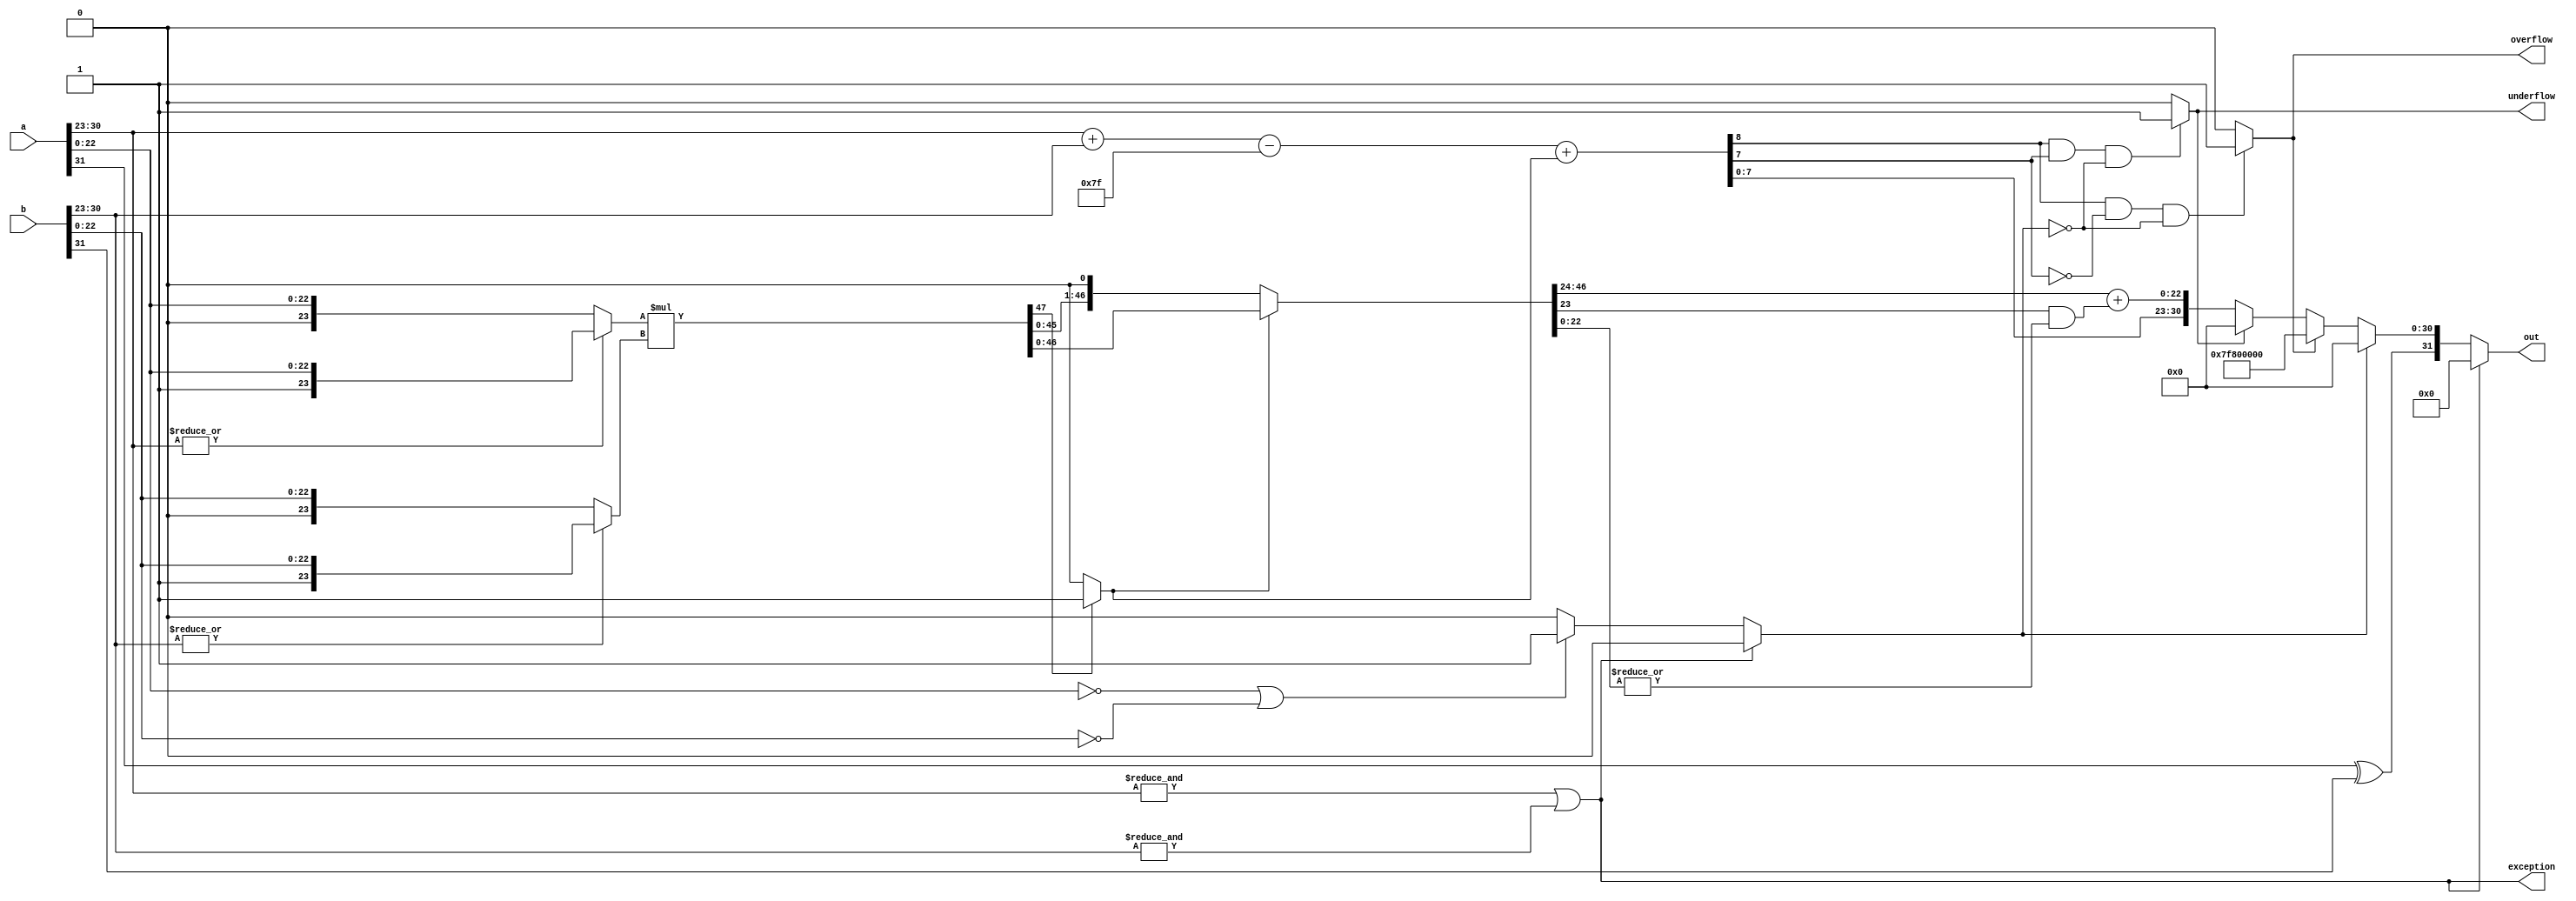
module FPUMultiplier(input [31:0] a, input [31:0] b, output exception, overflow, underflow, output [31:0] out);

wire sign, round, normalised, zero;
wire [8:0] exponent, sum_exponent;
wire [22:0] product_mantissa;
wire [23:0] op_a, op_b;
wire [47:0] product, product_normalised; 


assign sign = a[31] ^ b[31];   													// XOR of 32nd bit
assign exception = (&a[30:23]) | (&b[30:23]);											// Execption sets to 1 when exponent of any a or b is 255
																// If exponent is 0, hidden bit is 0
assign zero = exception ? 1'b0 : (a[22:0] == 23'd0 || b[22:0] == 23'd0) ? 1'b1 : 1'b0;

assign op_a = (|a[30:23]) ? {1'b1,a[22:0]} : {1'b0,a[22:0]};
assign op_b = (|b[30:23]) ? {1'b1,b[22:0]} : {1'b0,b[22:0]};

assign product = op_a * op_b;													// Product
assign round = |product_normalised[22:0];  											// Last 22 bits are ORed for rounding off purpose
assign normalised = product[47] ? 1'b1 : 1'b0;	
assign product_normalised = normalised ? product : product << 1;								// Normalized value based on 48th bit
assign product_mantissa = product_normalised[46:24] + (product_normalised[23] & round); 					// Mantissa
assign sum_exponent = a[30:23] + b[30:23];
assign exponent = sum_exponent - 8'd127 + normalised;
assign overflow = ((exponent[8] & !exponent[7]) & !zero) ? 1'b1: 1'b0; 									// exponent > 255
assign underflow = ((exponent[8] & exponent[7]) & !zero) ? 1'b1 : 1'b0; 			   // exponent < 0
assign out = exception ? 32'd0 : zero ? {sign,31'd0} : overflow ? {sign,8'hFF,23'd0} : underflow ? {sign,31'd0} : {sign,exponent[7:0],product_mantissa};

endmodule